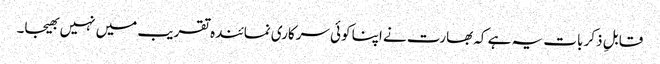
قابلِ ذکر بات یہ ہے کہ بھارت نے اپنا کوئی سرکاری نمائندہ تقریب میں نہیں بھیجا۔